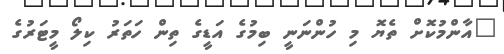
"އާންމުކޮށް ތެޔޮ މި ހުންނަނީ ބިމުގެ އަޑީގެ ތިން ހަތަރު ކިލޯ މީޓަރުގެ